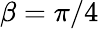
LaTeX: \beta=\pi/4